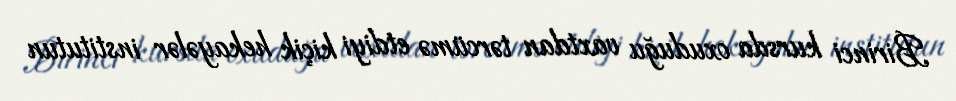
Birinci kursda oxuduğu vaxtdan tərcümə etdiyi kiçik hekayələr institutun